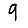
Digit: 9